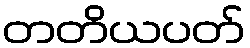
တတိယပတ်